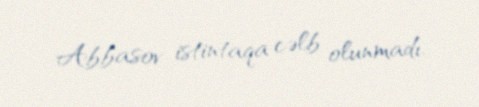
Abbasov istintaqa cəlb olunmadı.